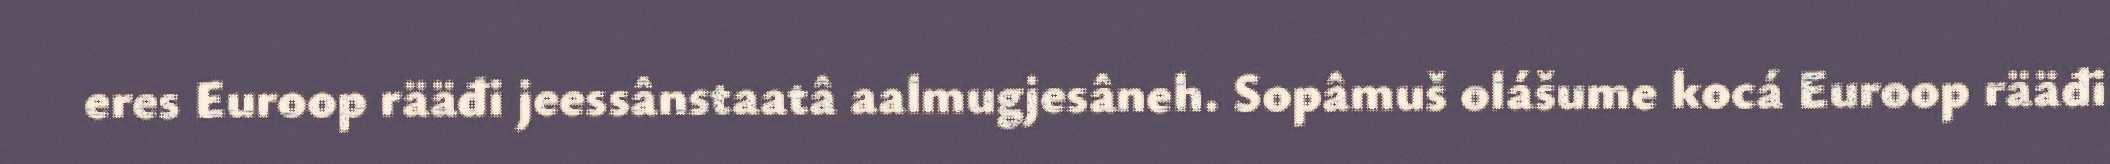
eres Euroop rääđi jeessânstaatâ aalmugjesâneh. Sopâmuš olášume kocá Euroop rääđi